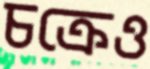
চক্রেও